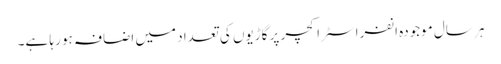
ہر سال موجودہ انفراسٹراکچر پر گاڑیوں کی تعداد میں اضافہ ہو رہا ہے۔